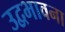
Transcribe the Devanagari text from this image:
उद्वभावना